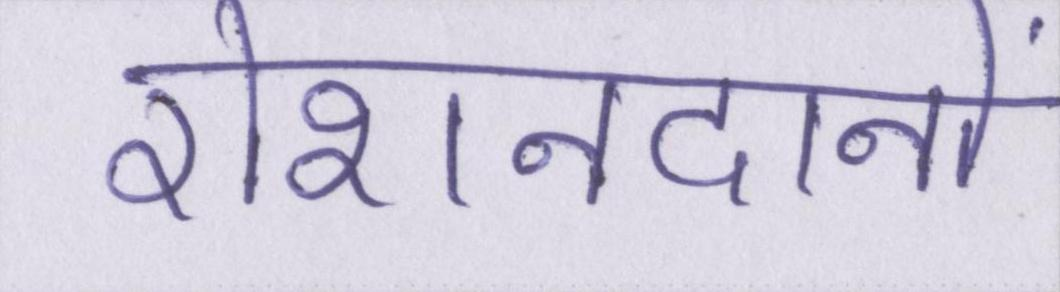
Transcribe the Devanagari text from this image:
रोशनदानों